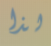
لذا